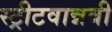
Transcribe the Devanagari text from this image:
स्ट्रीटवान्नबी